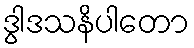
ဒွါဒသနိပါတော